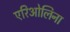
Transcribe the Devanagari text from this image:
एरिओलिना